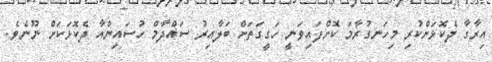
އިރާގާ ދެކޮޅަށްކުރި މިހަނގުރާމަ ކޮށްފައިވަނީ ހަގީގަތަށް ބަލާއިރު ސައްދާމް ހުސައިންއާ ދެކޮޅަކަށް ނޫނެވެ.